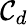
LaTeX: \mathcal{C}_{d}